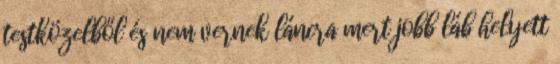
testközelből és nem vernek láncra mert jobb láb helyett